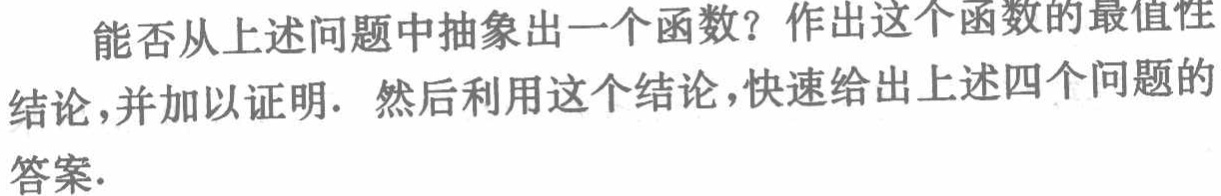
能否从上述问题中抽象出一个函数？作出这个函数的最值性

结论,并加以证明. 然后利用这个结论,快速给出上述四个问题的

答案.